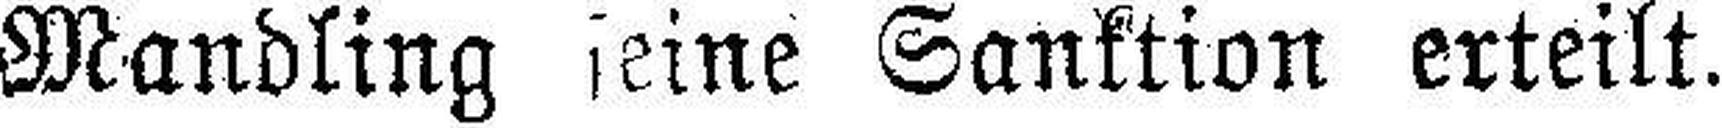
Mandling seine Sanktion erteilt.